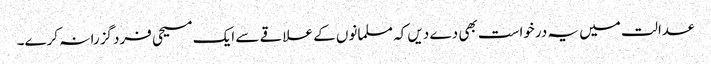
عدالت میں یہ درخواست بھی دے دیں کہ مسلمانوں کے علاقے سے ایک مسیحی فرد گزرا نہ کرے۔